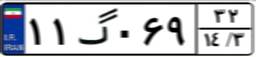
۱۱گ۰۶۹۳۲